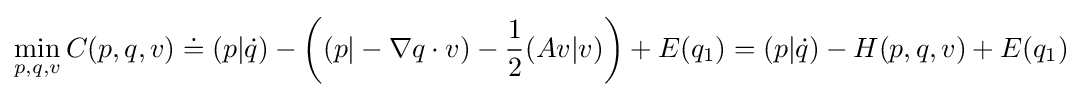
\min _{p,q,v}C(p,q,v)\doteq (p|{\dot {q}})-\left((p|-\nabla q\cdot v)-{\frac {1}{2}}(Av|v)\right)+E(q_{1})=(p|{\dot {q}})-H(p,q,v)+E(q_{1})\